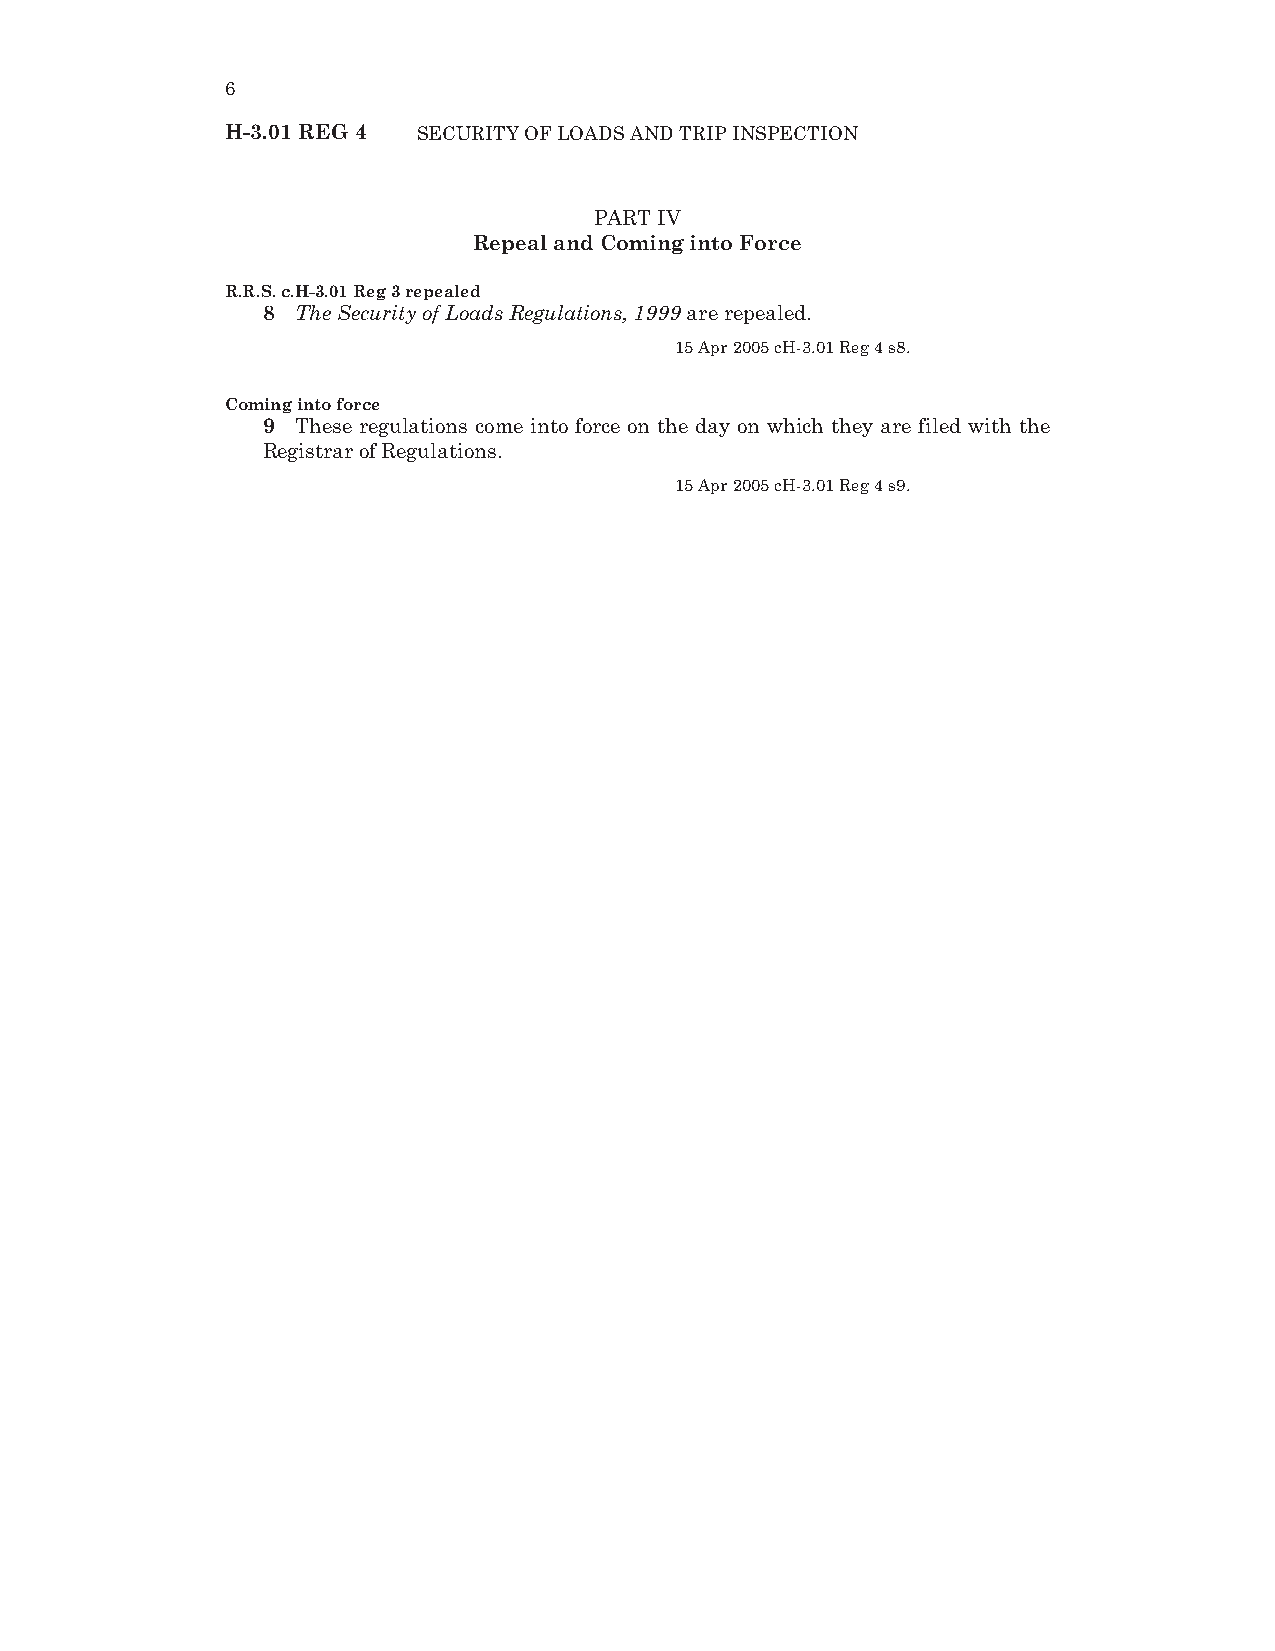
6
 H-3.01 REG 4 SECURITY OF LOADS AND TRIP INSPECTION
 PART IV
 Repeal and Coming into Force
 R.R.S. c.H-3.01 Reg 3 repealed
 8  The Security of Loads Regulations, 1999 are repealed.
 15 Apr 2005 cH-3.01 Reg 4 s8.
 Coming into force
 9  These regulations come into force on the day on which they are filed with the
 Registrar of Regulations.
 15 Apr 2005 cH-3.01 Reg 4 s9.